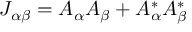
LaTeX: J _ { \alpha \beta } = { \cal { A } } _ { \alpha } A _ { \beta } + { \cal { A } } _ { \alpha } ^ { * } A _ { \beta } ^ { * }